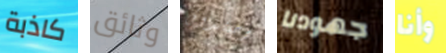
كاذبة وثائق وصندوق جهودنا وأنا